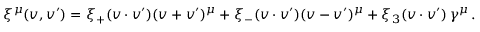
\xi ^ { \mu } ( v , v ^ { \prime } ) = \xi _ { + } ( v \cdot v ^ { \prime } ) ( v + v ^ { \prime } ) ^ { \mu } + \xi _ { - } ( v \cdot v ^ { \prime } ) ( v - v ^ { \prime } ) ^ { \mu } + \xi _ { 3 } ( v \cdot v ^ { \prime } ) \, \gamma ^ { \mu } \, .